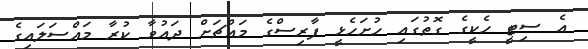
އެ ސިޓީ ހެކީގެ ގޮތުގައި ހުށަހެޅީ ފާރިސްގެ މައްޗަށް ދައުވާ ކުރާ މައްސަލައިގެ